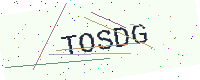
Text: TOSDG